Mental hospitals Bombay report 1929-33 - 1929-1933
Year: 1929
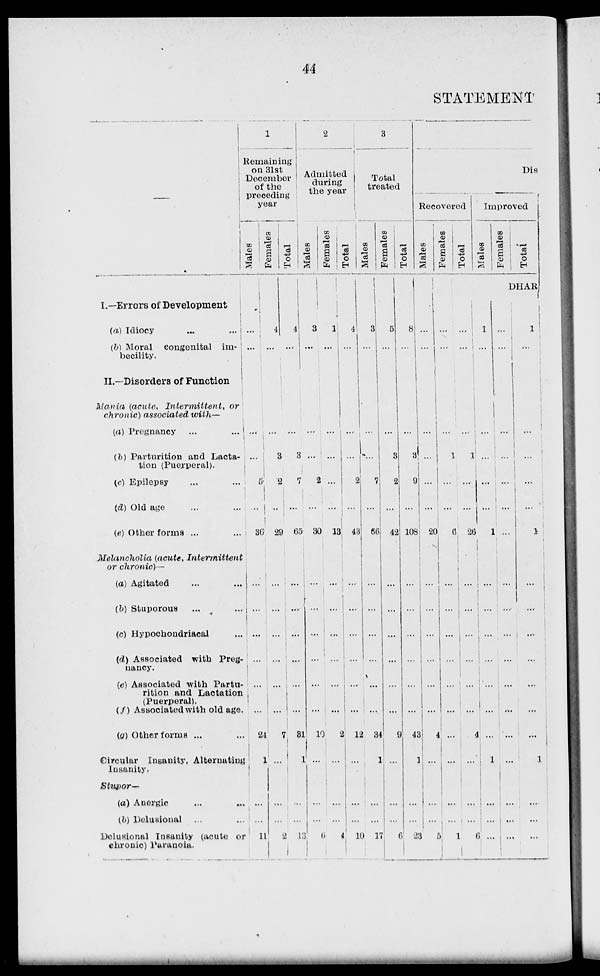
44
STATEMENT
I. —Errors of Development
(a) Idiocy ... ...
(b) Moral congenital im-
becility.
II.—Disorders of Function
Mania (acute, Intermittent,
or
chronic) associated with—
(a) Pregnancy ... ...
(b) Parturition and Lacta-
tion (Puerperal).
(c) Epilepsy ... ...
(d) Old age ... ...
(e) Other forma ... ...
Melancholia (acute,
Intermittent
or chronic)—
(a) Agitated ... ...
(b) Stuporous ... ...
(c) Hypochondriacal ...
(d) Associated with Preg¬
nancy.
(e) Associated with Partu-
rition and Lactation
(Puerperal).
(f) Associated with old age
(g) Other forms ...
Circular Insanity, Alternating
Insanity.
Stupor-
(a) Anergic ... ...
(b) Delusional ... ...
Delusional Insanity (acute or
chronic) Paranoia.
1
Remaining
on 31st
December
of the
preceding
year
Males
...
...
...
...
5
...
36
...
...
...
...
...
...
24
1
...
...
11
Females
4
...
...
3
2
...
29
...
...
...
...
...
...
7
...
...
...
2
Total
4
...
...
3
7
...
65
...
...
...
...
...
...
31
1
...
...
13
2
Admitted
during
the year
Males
3
...
...
...
...
...
30
...
...
...
...
...
...
10
...
...
...
6
Females
1
...
...
...
2
...
13
...
...
...
...
...
...
2
...
...
...
4
Total
4
...
...
...
2
...
43
...
...
...
...
...
...
12
...
...
...
10
3
Total
treated
Males
3
...
...
...
7
...
66
...
...
...
...
...
...
34
1
...
...
17
Females
5
...
...
3
2
...
42
...
...
...
...
...
...
9
...
...
...
6
Total
8
...
...
3
9
...
108
...
...
...
...
...
...
43
1
...
...
23
Dis
Recovered
Males
...
...
...
...
...
...
20
...
...
...
...
...
...
4
...
...
...
5
Females
Total
Improved
Males
Females
Total
DHAR
...
...
...
1
...
...
6
...
...
...
...
...
...
...
...
...
...
1
...
...
...
1
...
...
26
...
...
...
...
...
...
4
...
...
...
6
1
...
...
...
...
...
1
...
...
...
...
...
...
...
1
...
...
...
...
...
...
...
...
...
...
...
...
...
...
...
...
...
...
...
...
...
1
...
...
...
...
...
1
...
...
...
...
...
...
...
1
...
...
...